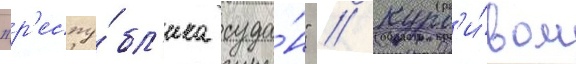
"р'еспу́бл'ика суда́н" // Курс'и́вом